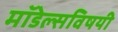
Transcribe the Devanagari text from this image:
मॉडेल्सविषयी